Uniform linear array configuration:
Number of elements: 4
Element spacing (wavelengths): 0.5
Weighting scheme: cosine
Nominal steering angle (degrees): -45
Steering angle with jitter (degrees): -45.696
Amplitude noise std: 0.05
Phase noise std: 0.05

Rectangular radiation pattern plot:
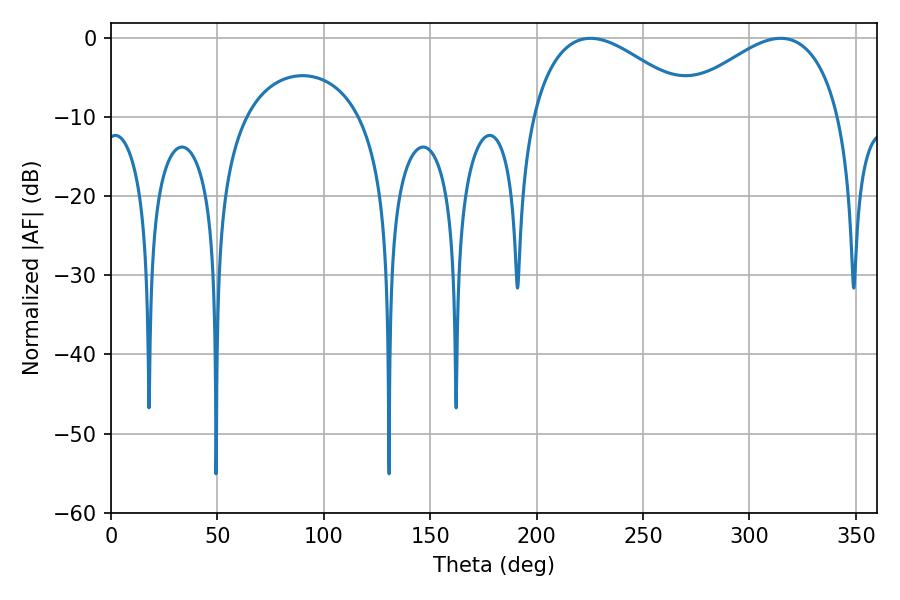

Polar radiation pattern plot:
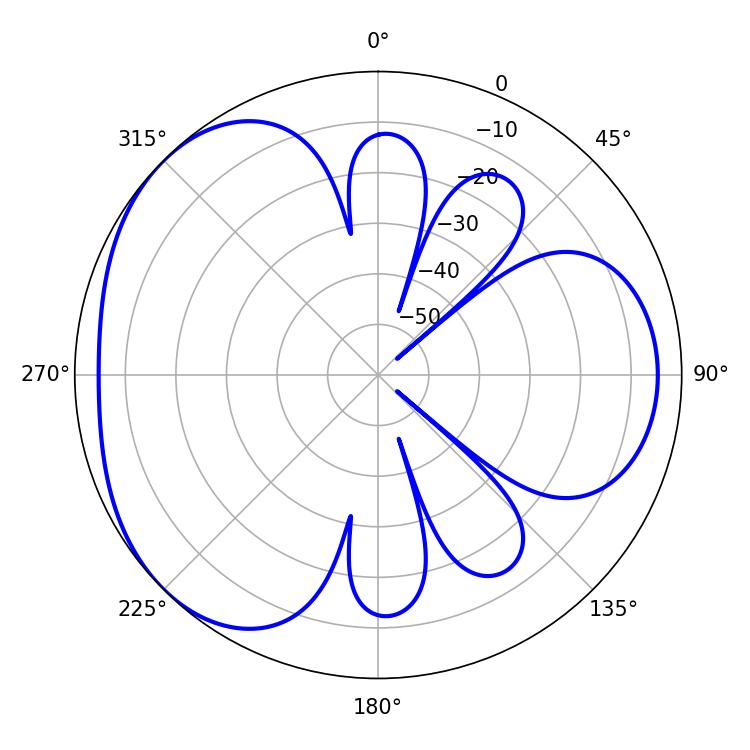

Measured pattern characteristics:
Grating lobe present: FALSE
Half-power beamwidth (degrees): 42.48
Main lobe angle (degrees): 225.36